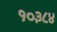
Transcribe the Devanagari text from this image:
१०३८४